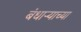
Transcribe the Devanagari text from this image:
बंधाऱ्याच्या